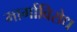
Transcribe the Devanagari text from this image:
मार्गाविरोध